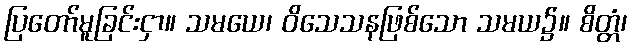
ပြတော်မူခြင်းငှာ။ သမယေ၊ ဝိသေသနဖြစ်သော သမယ၌။ စိတ္တံ၊